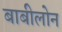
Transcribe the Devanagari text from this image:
बाबीलोन